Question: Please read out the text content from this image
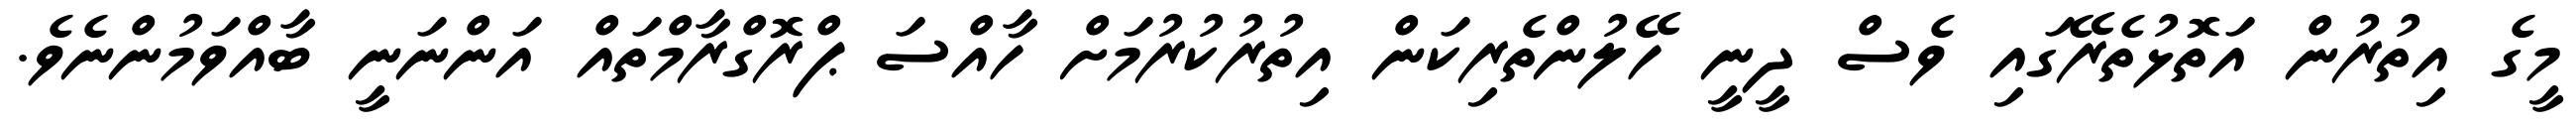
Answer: މީގެ އިތުރުން އަތޮޅުތެރޭގައި ވެސް ދީނީ ހޭލުންތެރިކަން އިތުރުކުރުމަށް ހާއްސަ ޕްރޮގްރާމްތައް އަންނަނީ ބާއްވަމުންނެވެ.